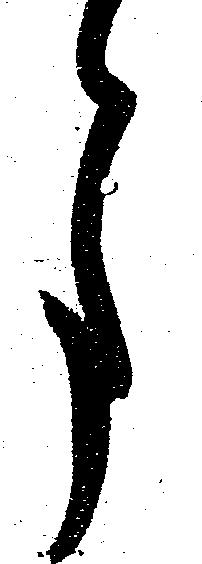
月